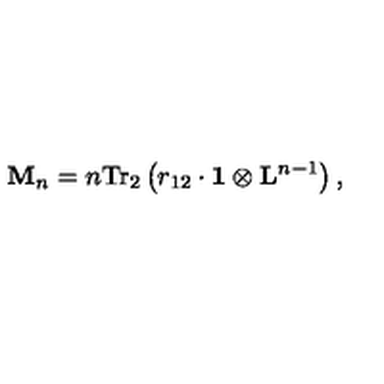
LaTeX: \mathrm { { \bf M } } _ { n } = n \mathrm { T r } _ { 2 } \left( r _ { 1 2 } \cdot \mathrm { { \bf 1 } } \otimes \mathrm { { \bf L } } ^ { n - 1 } \right) ,